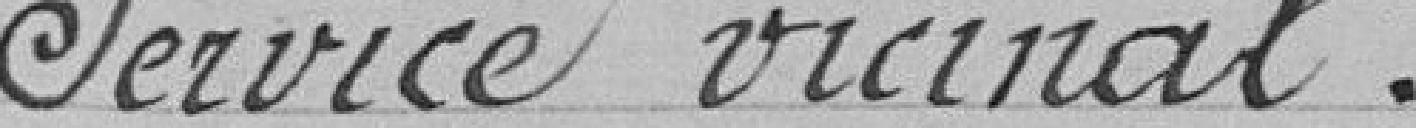
Service vicinal.